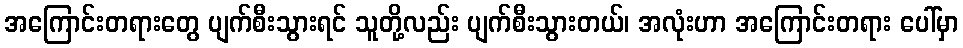
အကြောင်းတရားတွေ ပျက်စီးသွားရင် သူတို့လည်း ပျက်စီးသွားတယ်၊ အလုံးဟာ အကြောင်းတရား ပေါ်မှာ